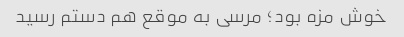
خوش مزه بود؛ مرسی‌ به موقع هم دستم رسید